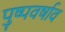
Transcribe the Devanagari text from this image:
पुष्पवर्षाव